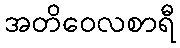
အတိဝေလစာရီ